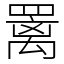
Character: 䍠